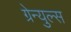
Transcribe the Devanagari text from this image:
ग्रेन्युल्स